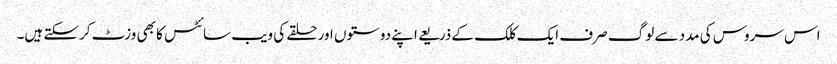
اس سروس کی مدد سے لوگ صرف ایک کلک کے ذریعے اپنے دوستوں اور حلقے کی ویب سائٹس کا بھی وزٹ کرسکتے ہیں۔